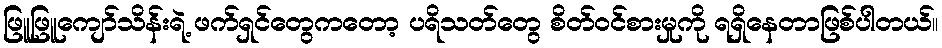
ဖြူဖြူကျော်သိန်းရဲ့ ဖက်ရှင်တွေကတော့ ပရိသတ်တွေ စိတ်ဝင်စားမှုကို ရရှိနေတာဖြစ်ပါတယ်။